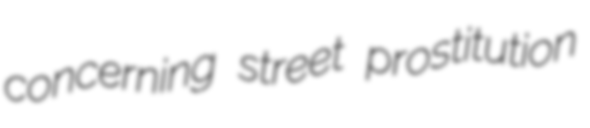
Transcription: concerning street prostitution